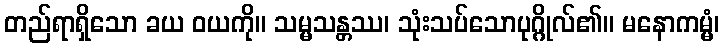
တည်ရာရှိသော ခယ ဝယကို။ သမ္မသန္တဿ၊ သုံးသပ်သောပုဂ္ဂိုလ်၏။ မနောကမ္မံ၊